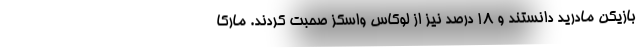
بازیکن مادرید دانستند و 18 درصد نیز از لوکاس واسکز صحبت کردند. مارکا